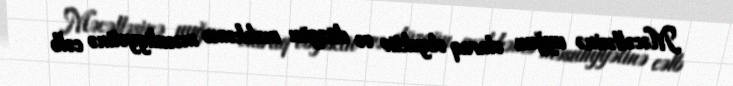
Məcəlləsinə uyğun olaraq obyektiv və düzgün məhkəmə məsuliyyətinə cəlb